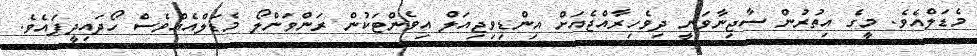
މެޑަލްއެވެ. މީގެ އިތުރުން ސާޖިނާވަނީ ދިވެހިރާއްޖެއަށް އިންޑިވިޖިއަލް އިވެންޓަކުން ރަންވަންލޯ މެޑަލްއެއްވެސް ހޯދައިދީފައެވެ.